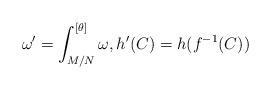
LaTeX: \begin{align*}\omega' = \int_{M/N}^{[\theta]} \omega, h'( C ) = h(f^{-1} (C))\end{align*}